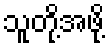
သူတို့အဖို့